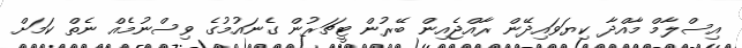
އިސްލާމް މާއްދާ ކިޔަވައިދޭން ރާއްޖެއިން ބޭރުން ޓީޗަރުން ގެނައުމުގެ ވިސްނުމެއް ނެތް ކަމަށް